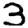
Digit: 3